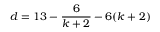
d = 1 3 - \frac { 6 } { k + 2 } - 6 ( k + 2 )